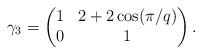
LaTeX: \begin{align*} \gamma_3 = \begin{pmatrix} 1 & 2 + 2 \cos(\pi/q) \\ 0 & 1 \end{pmatrix}.\end{align*}